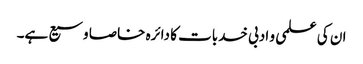
ان کی علمی و ادبی خدبات کا دائرہ خاصا وسیع ہے۔